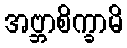
အဗ္ဘာစိက္ခာမိ